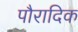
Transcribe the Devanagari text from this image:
पौरादिक